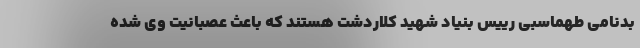
بدنامی طهماسبی رییس بنیاد شهید کلاردشت هستند که باعث عصبانیت وی شده